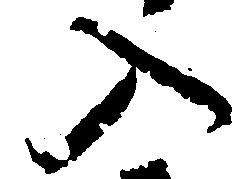
入